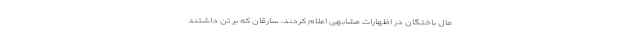
مال باختگان در اظهارات مشابهی اعلام کردند، سارقان که بر تن داشتند